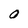
Character: O